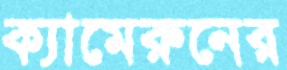
ক্যামেরুনের